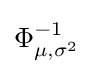
{\textstyle \Phi _{\mu ,\sigma ^{2}}^{-1}}